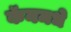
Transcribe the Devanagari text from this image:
कॅनमधे